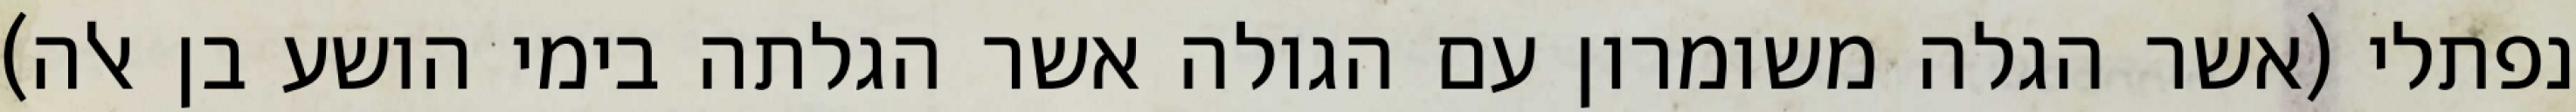
נפתלי (אשר הגלה משומרון עם הגולה אשר הגלתה בימי הושע בן אלה)